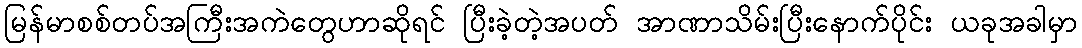
မြန်မာစစ်တပ်အကြီးအကဲတွေဟာဆိုရင် ပြီးခဲ့တဲ့အပတ် အာဏာသိမ်းပြီးနောက်ပိုင်း ယခုအခါမှာ